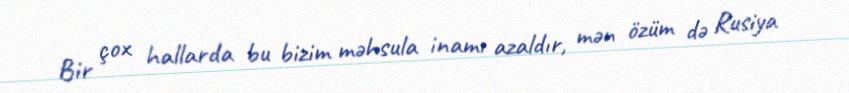
Bir çox hallarda bu bizim məhsula inamı azaldır, mən özüm də Rusiya